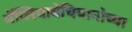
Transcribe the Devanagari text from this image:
मॅग्लियाबेचियानोच्या